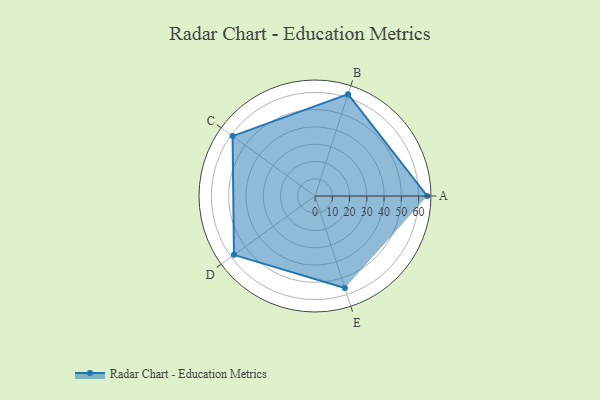
{"axis": {"x": "Skill", "y": "Score"}, "legend": ["Profile"], "data": [{"x": "A", "y": 65.0, "type": "Profile"}, {"x": "B", "y": 62.0, "type": "Profile"}, {"x": "C", "y": 59.0, "type": "Profile"}, {"x": "D", "y": 58.0, "type": "Profile"}, {"x": "E", "y": 56.0, "type": "Profile"}]}